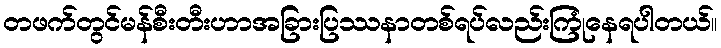
တဖက်တွင်မန်စီးတီးဟာအခြားပြဿနာတစ်ရပ်လည်းကြုံနေရပါတယ်။